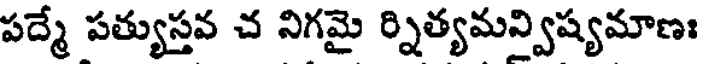
పద్మే పత్యుస్తవ చ నిగమై ర్నిత్యమన్విష్యమాణః